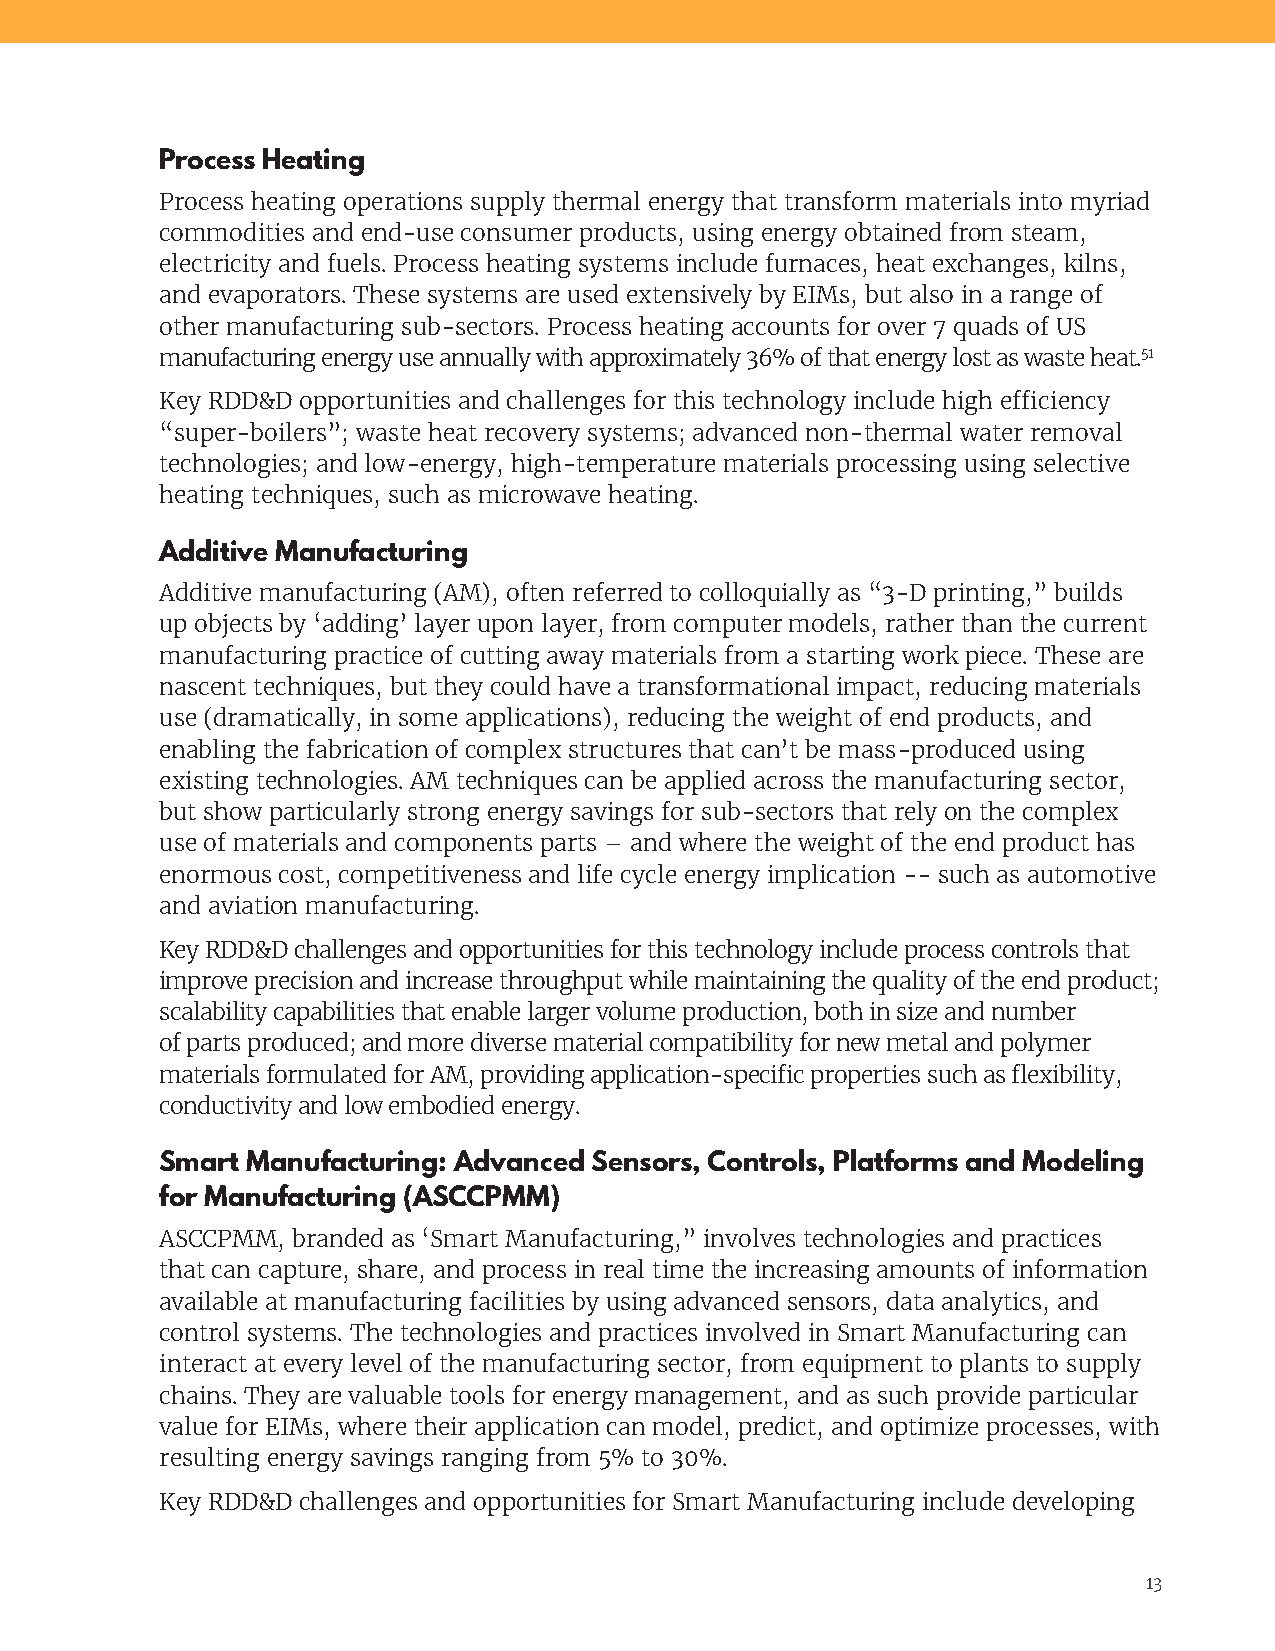
Process Heating
 Process heating operations supply thermal energy that transform materials into myriad
 commodities and end-use consumer products, using energy obtained from steam,
 electricity and fuels. Process heating systems include furnaces, heat exchanges, kilns,
 and evaporators. These systems are used extensively by EIMs, but also in a range of
 other manufacturing sub-sectors. Process heating accounts for over 7 quads of US
 manufacturing energy use annually with approximately 36% of that energy lost as waste heat.51
 Key RDD&D opportunities and challenges for this technology include high efficiency
 “super-boilers”; waste heat recovery systems; advanced non-thermal water removal
 technologies; and low-energy, high-temperature materials processing using selective
 heating techniques, such as microwave heating.
 Additive Manufacturing
 Additive manufacturing (AM), often referred to colloquially as “3-D printing,” builds
 up objects by ‘adding’ layer upon layer, from computer models, rather than the current
 manufacturing practice of cutting away materials from a starting work piece. These are
 nascent techniques, but they could have a transformational impact, reducing materials
 use (dramatically, in some applications), reducing the weight of end products, and
 enabling the fabrication of complex structures that can’t be mass-produced using
 existing technologies. AM techniques can be applied across the manufacturing sector,
 but show particularly strong energy savings for sub-sectors that rely on the complex
 use of materials and components parts – and where the weight of the end product has
 enormous cost, competitiveness and life cycle energy implication -- such as automotive
 and aviation manufacturing.
 Key RDD&D challenges and opportunities for this technology include process controls that
 improve precision and increase throughput while maintaining the quality of the end product;
 scalability capabilities that enable larger volume production, both in size and number
 of parts produced; and more diverse material compatibility for new metal and polymer
 materials formulated for AM, providing application-specific properties such as flexibility,
 conductivity and low embodied energy.
 Smart Manufacturing: Advanced Sensors, Controls, Platforms and Modeling
 for Manufacturing (ASCCPMM)
 ASCCPMM, branded as ‘Smart Manufacturing,” involves technologies and practices
 that can capture, share, and process in real time the increasing amounts of information
 available at manufacturing facilities by using advanced sensors, data analytics, and
 control systems. The technologies and practices involved in Smart Manufacturing can
 interact at every level of the manufacturing sector, from equipment to plants to supply
 chains. They are valuable tools for energy management, and as such provide particular
 value for EIMs, where their application can model, predict, and optimize processes, with
 resulting energy savings ranging from 5% to 30%.
 Key RDD&D challenges and opportunities for Smart Manufacturing include developing
 13